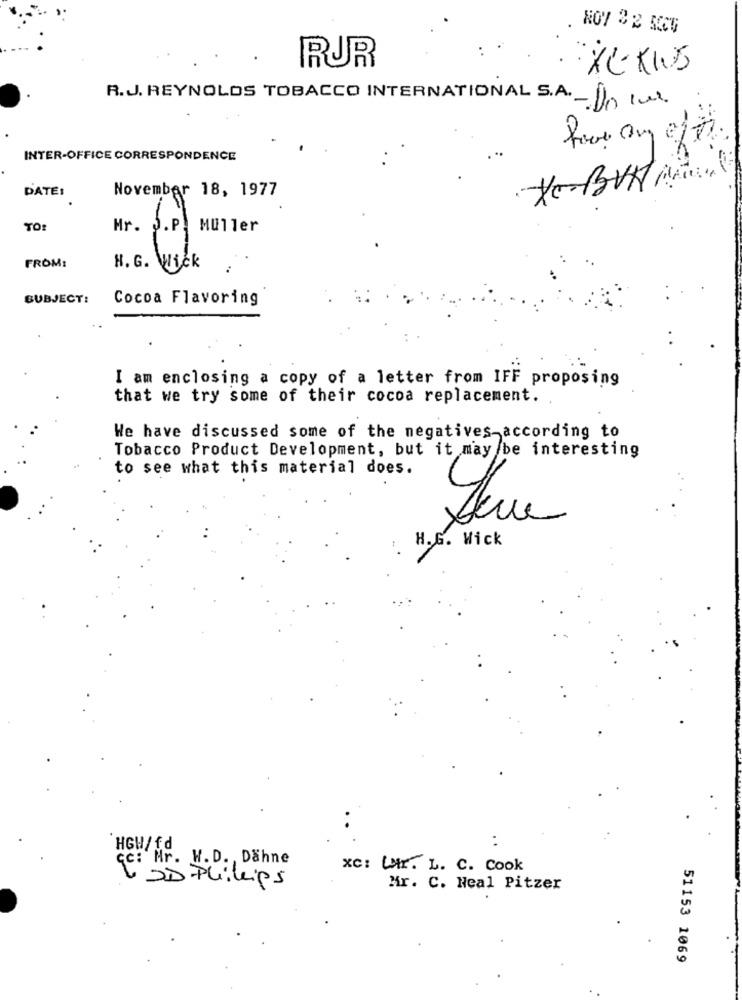
RUR
R.J. REYNOLDS TOBACCO INTERNATIONAL S.A. Do
INTER-OFFICE CORRESPONDENCE
Yo-BVH Mien
DATE:
November 18, 1977
TO
Mr. S.P.
Muller
FROM:
H. G. Wick
SUBJECT:
Cocoa Flavoring
I am enclosing a copy of a letter from IFF proposing
that we try some of their cocoa replacement.
We have discussed some of the negatives according to
Tobacco Product Development, but it may be interesting
to see what this material does.
H.G. Wick
HGH/fd
CC: Mr. W.D ., Dähne
xc: Lr. L. C. Cook
DD Phillips
Mr. C. Neal Pitzer
51153 1069